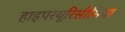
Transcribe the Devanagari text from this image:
हाइपरयूरिसीमिया